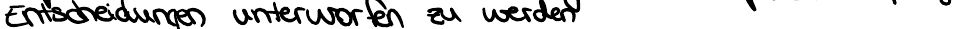
Entscheidungen unterworfen zu werden